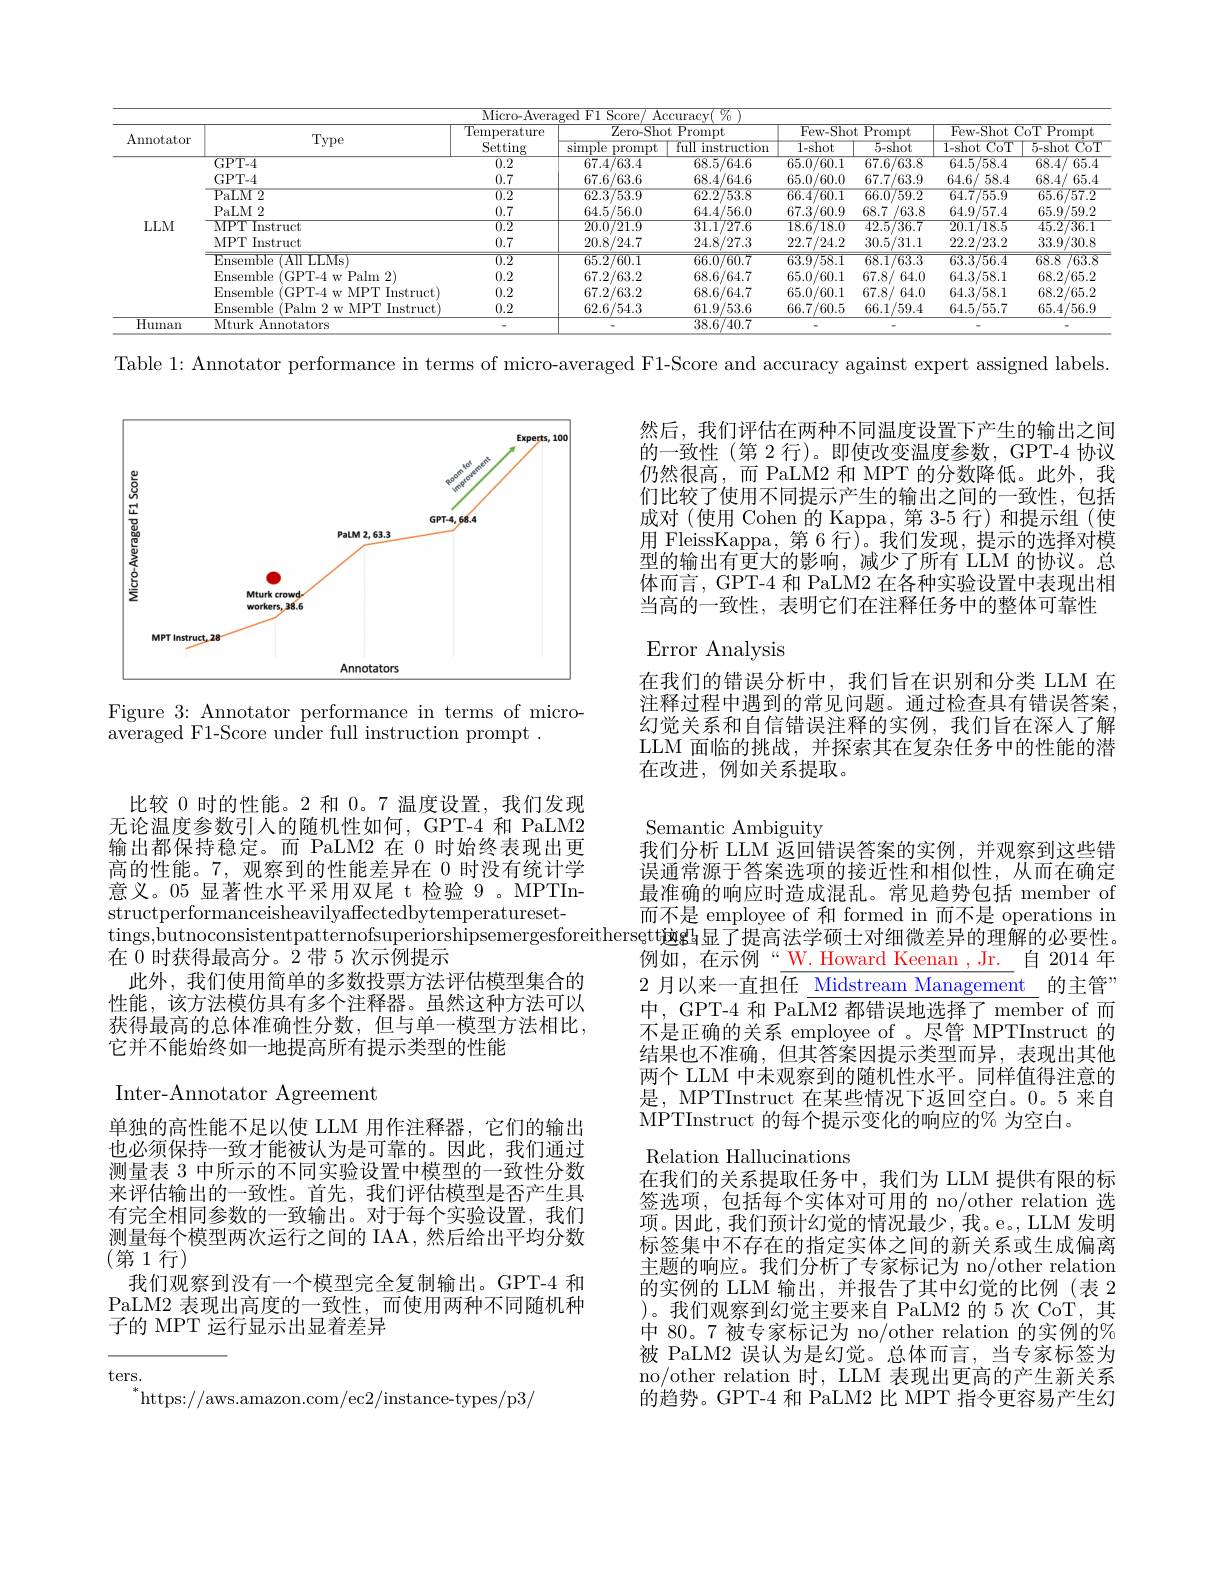
<table>
	<tbody>
		<tr>
			<th colspan="9">$\overline{\mathrm{Micro-Averaged~F1~Score}}$ $\operatorname{Accuracv}V_{0}$</th>
		</tr>
		<tr>
			<th rowspan="2">Annotator</th>
			<th rowspan="2">Type</th>
			<th rowspan="2">$\overline{{\mathrm{Temperature}}}$ Setting</th>
			<th colspan="2">$\overline{\mathrm{Zero-Shot~Prompt}}$</th>
			<th colspan="2">Few- Shot Prompt</th>
			<th colspan="2">Few-Shot $\frac{1}{2}=\frac{1}{2}=\frac{1}{2}$ $\overline{\mathrm{CoTPrompt}}$</th>
		</tr>
		<tr>
			<th>simple prompt</th>
			<th>full i instruction</th>
			<th>1-shot</th>
			<th>5-shot</th>
			<th>1-shot 11 $\overline{\mathrm{CoT}}$ -</th>
			<th>5-shot ECoT</th>
		</tr>
		<tr>
			<td> </td>
			<td>$\overline{\mathrm{GPT-4}}$</td>
			<td>$\overline{0.2}$</td>
			<td>67.4/63.4</td>
			<td>68.5/64.6</td>
			<td>65.0/60.1</td>
			<td>67.6/63.8</td>
			<td>64.5/58.4</td>
			<td>68.4/ $\overline{65.4}$</td>
		</tr>
		<tr>
			<td> </td>
			<td>GPT- 4</td>
			<td>0.7</td>
			<td>67.6/63.6</td>
			<td>68.4/64.6</td>
			<td>65.0/60.0</td>
			<td>67.7/63.9</td>
			<td>64.6/ 58.4</td>
			<td>68.4/ 6 65.4</td>
		</tr>
		<tr>
			<td> </td>
			<td>PaLM2</td>
			<td>$\overline{0.2}$</td>
			<td>62.3/53.9</td>
			<td>62.2/53.8</td>
			<td>66.4/60.1</td>
			<td>66.0/59.2</td>
			<td>64.7755.9</td>
			<td>65.6/57.2</td>
		</tr>
		<tr>
			<td> </td>
			<td>PaLM 2</td>
			<td>0.7</td>
			<td>64.5/56.0</td>
			<td>64.4/56.0</td>
			<td>67.3/60.9</td>
			<td>68.7 $^{\prime}/63.8$</td>
			<td>64.9/57.4</td>
			<td>65.9/59.2</td>
		</tr>
		<tr>
			<td>$LLM$</td>
			<td>MPT Instruct</td>
			<td>$\overline{0.2}$</td>
			<td>20.0/21.9</td>
			<td>31.1/27.6</td>
			<td>18.6/18.0</td>
			<td>425/36.7</td>
			<td>20.1/18.5</td>
			<td>45.2736.1</td>
		</tr>
		<tr>
			<td> </td>
			<td>MPT Instruct</td>
			<td>0.7</td>
			<td>20.8/24.7</td>
			<td>24.8/27.3</td>
			<td>22.7/24.2</td>
			<td>30.5/31.1</td>
			<td>22.2/23.2</td>
			<td>33.9/30.8</td>
		</tr>
		<tr>
			<td> </td>
			<td>Ensemble (AII LLMs</td>
			<td>$\overline{0.2}$</td>
			<td>65.2/60.1</td>
			<td>66.0/60.7</td>
			<td>63.9/58.1</td>
			<td>68.1/63.3</td>
			<td>63.3756.4</td>
			<td>68.8 S763.8 1</td>
		</tr>
		<tr>
			<td> </td>
			<td>Ensemble GPT- 4 w Palm 2</td>
			<td>0.2</td>
			<td>67.2/63.2</td>
			<td>68.6/64.7</td>
			<td>65.0/60.1</td>
			<td>67.8/ 64.0</td>
			<td>64.3/58.1</td>
			<td>68.2/65.2</td>
		</tr>
		<tr>
			<td> </td>
			<td>Ensemble (GPT-4 w MPT Instruct)</td>
			<td>0.2</td>
			<td>67.2/63.2</td>
			<td>68.6/64.7</td>
			<td>65.0/60.1</td>
			<td>67.8/ 6 64.0</td>
			<td>64.3/58.1</td>
			<td>68.2/65.2</td>
		</tr>
		<tr>
			<td> </td>
			<td>Ensemble (Palm 2 w MPT Instruct</td>
			<td>0.2</td>
			<td>62.6/54.3</td>
			<td>61.9/53.6</td>
			<td>66.7/60.5</td>
			<td>66.1/59.4</td>
			<td>64.5/55.7</td>
			<td>65.4/56.9</td>
		</tr>
		<tr>
			<td>Human</td>
			<td>Mturk Annotators</td>
			<td> </td>
			<td> </td>
			<td>38.6/40.7</td>
			<td> </td>
			<td> </td>
			<td> </td>
			<td> </td>
		</tr>
	</tbody>
</table>

Table 1: Annotator performance in terms of micro-averaged F1-Score and accuracy against expert assigned labels.

然后，我们评估在两种不同温度设置下产生的输出之间的一致性 (第 2 行)。即使改变温度参数，GPT-4 协议仍然很高，而 PaLM2 和 MPT 的分数降低。此外，我们比较了使用不同提示产生的输出之间的一致性，包括成对(使用 Cohen 的 Kappa,第 3-5 行)和提示组(使用 FleissKappa, 第 6 行)。我们发现，提示的选择对模型的输出有更大的影响，减少了所有 LLM 的协议。总体而言，GPT-4 和 PaLM2 在各种实验设置中表现出相当高的一致性，表明它们在注释任务中的整体可靠性

<FigureHere>

Error Analysis

Figure 3: Annotator performance in terms of micro-
$\bar{\mathrm{averaged~F1-Score~under~full~instruction~prompt~}}.$

在我们的错误分析中，我们旨在识别和分类 LLM 在注释过程中遇到的常见问题。通过检查具有错误答案幻觉关系和自信错误注释的实例，我们旨在深入了解LLM 面临的挑战，并探索其在复杂任务中的性能的潜在改进，例如关系提取。

比较 0 时的性能。2 和0。7 温度设置，我们发现无论温度参数引入的随机性如何，GPT-4 和 PaLM2输出都保持稳定。而 PaLM2 在 0 时始终表现出更高的性能。7,观察到的性能差异在 0 时没有统计学意义。05 显著性水平采用双尾 t 检验 9 。MPTInstructperformanceisheavilyaffectedbytemperatureset-
$\begin{array}{c}\text{tings,butnoconsistentpatternofsuperiorshipsemergesforeithersgtti递g显了提高法学硕士对细微差异的理解的必要性。}\end{array}$
在 0 时获得最高分。2 带 5 次示例提示
此外，我们使用简单的多数投票方法评估模型集合的性能，该方法模仿具有多个注释器。虽然这种方法可以获得最高的总体准确性分数，但与单一模型方法相比， 它并不能始终如一地提高所有提示类型的性能

Inter-Annotator Agreement

Semantic Ambiguity
我们分析 LLM 返回错误答案的实例，并观察到这些错误通常源于答案选项的接近性和相似性，从而在确定最准确的响应时造成混乱。常见趋势包括 member of 而不是 employee of 和 formed in 而不是 operations in 例如，在示例“W.Howard Keenan ,Jr. 自 2014 年2月以来一直担任 Midstream Management 的主管” 中，GPT-4 和 PaL$\overline\text{M2 都错误地选择了 member of 而}$ 不是正确的关系 employee of 。尽管 MPTInstruct 的结果也不准确，但其答案因提示类型而异，表现出其他两个 LLM 中未观察到的随机性水平。同样值得注意的是，MPTInstruct 在某些情况下返回空白。0。5 来自MPTInstruct 的每个提示变化的响应的% 为空白。
Relation Hallucinations
在我们的关系提取任务中，我们为 LLM 提供有限的标签选项，包括每个实体对可用的 no/other relation 选项。因此，我们预计幻觉的情况最少，我。e。LLM 发明标签集中不存在的指定实体之间的新关系或生成偏离主题的响应。我们分析了专家标记为 no/other relation 的实例的 LLM 输出，并报告了其中幻觉的比例(表 2 )。我们观察到幻觉主要来自 PaLM2 的 5 次 CoT,其中 80。7 被专家标记为 no/other relation 的实例的% 被 PaLM2 误认为是幻觉。总体而言，当专家标签为no/other relation 时，LLM 表现出更高的产生新关系的趋势。GPT-4 和 PaLM2 比 MPT 指令更容易产生幻

单独的高性能不足以使 LLM 用作注释器，它们的输出也必须保持一致才能被认为是可靠的。因此，我们通过测量表 3 中所示的不同实验设置中模型的一致性分数来评估输出的一致性。首先，我们评估模型是否产生具有完全相同参数的一致输出。对于每个实验设置，我们测量每个模型两次运行之间的 IAA, 然后给出平均分数$(\vec{\text{第 }1}$行)
我们观察到没有一个模型完全复制输出。GPT-4 和PaLM2 表现出高度的一致性，而使用两种不同随机种子的 MPT 运行显示出显着差异
$$\mathrm{ters.}_{*_{\mathrm{https://aws.amazon.com/ec2/instance-types/p3/}}}$$